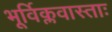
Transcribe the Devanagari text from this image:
भूर्विक्लवास्ताः